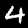
Digit: 4